Alatskivi_vallavalitsus_et, lk 161
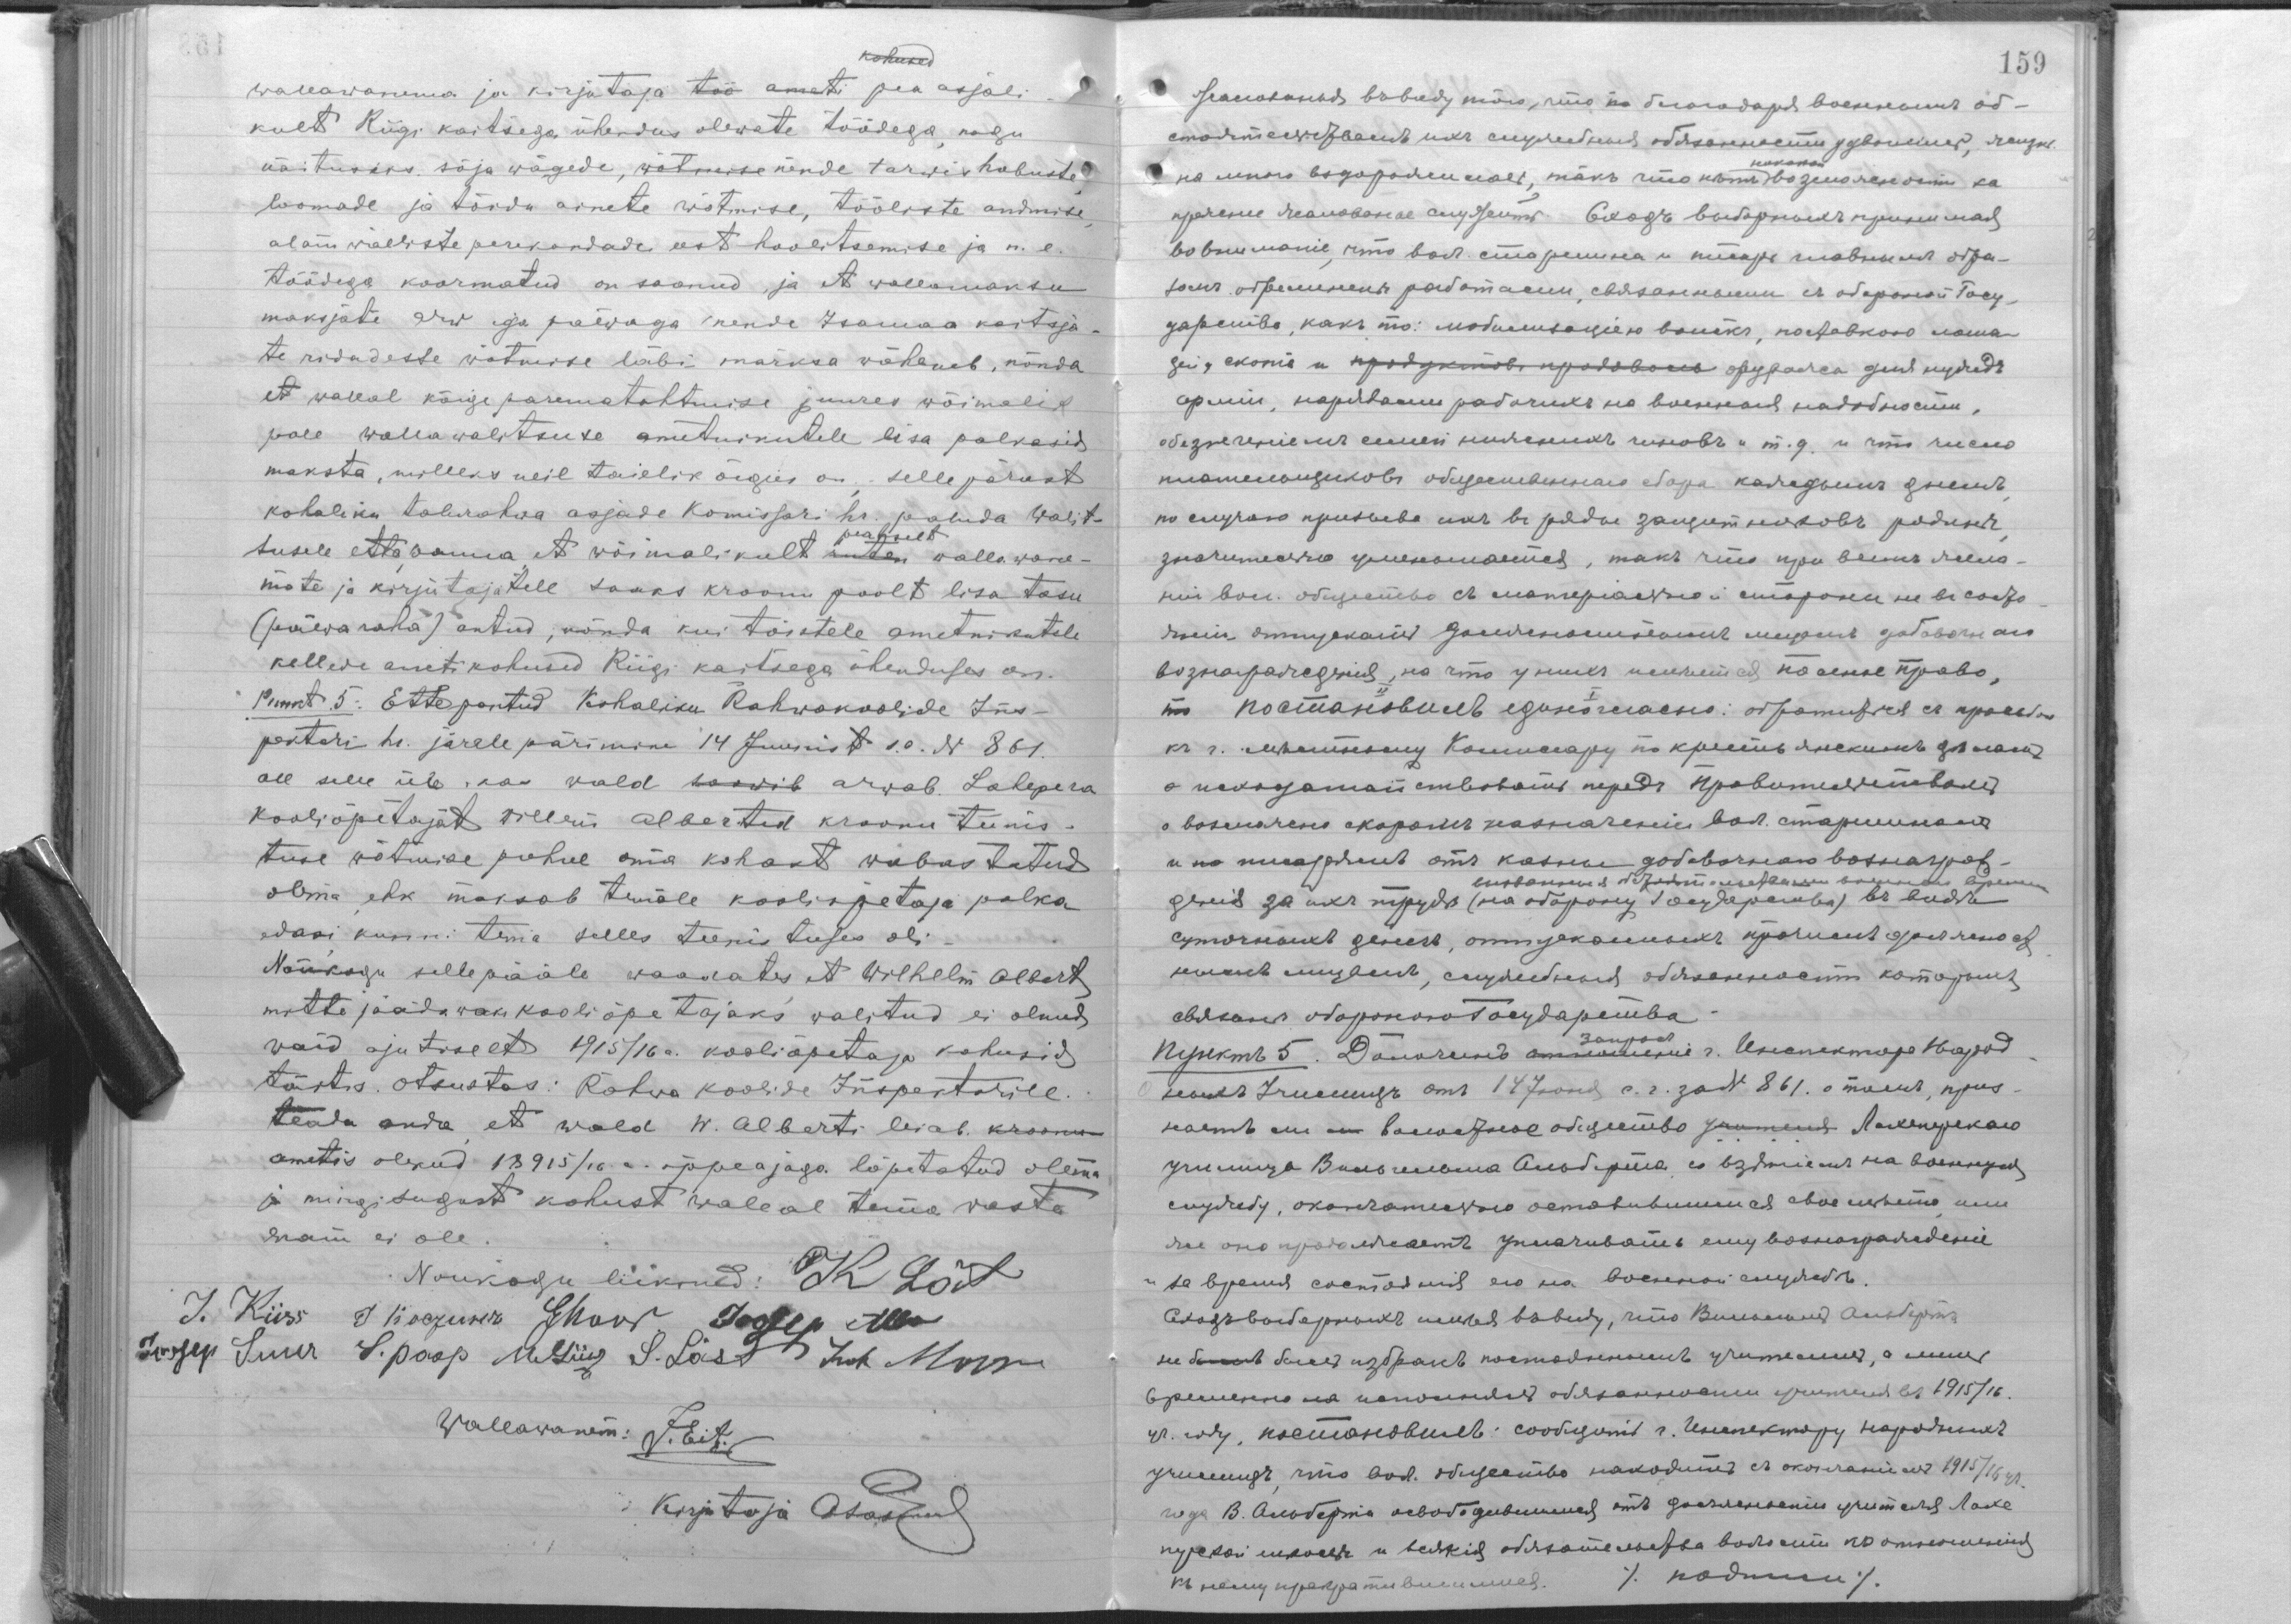
kohused
wallawanema ja kirjutaja töö ameti pea asjali-
kult Riigi kaitsega ühendus olewate töödega, nagu
näituseks sõja wägede, wõtmise nende tarwis hobuste
loomade ja toidu ainete wõtmise, tööliste andmise,
alamwäeliste perekondade eest hoolitsemise ja n.e.
töödega koormatud on saanud, ja  et wallamaksu
maksjate arw iga päewaga nende Isamaa kaitsja-
te ridadesse wõtmise läbi märksa wäheneb, nõnda
et wallal kõige parematahtmise juures wõimalik
pole wallawalituste ametnikudele lisa palkasid
maksta, milleks neil taielik õigus on, selle pärast
kohaliku talurahwa asjade komissari hr. paluda Walit-
walitsuselt
tsusele ette panna, et wõimalikult rutem wallawane-
mate ja kirjutajatele saaks kroonu poolt lisa tasu
(päewaraha) antud, nõnda kui teistele ametnikutele
kellede ametikohused Riigi kaitsega ühenduses on.
Punkt 5. Ettepantud Kohaliku Rahakoolide Ins-
pektori hr. järelepärimine 14 Juunist s.a. N 861
all selle üle kas wald soowib arwab Lahepera
kooliõpetajat Willem Albertid kroonu teenis-
tuse wõtmise puhul oma kohast wabastatud
olem, ehk maksab temale kooliõpetaja palka
edasi kuni tema selles teenistuses oli.
Nõukogu sellepääle waadates, et Wilhelm Albert
mitte jäädawaks kooliõpetajaks walitud ei olnud,
waid ajutiselt 1915/16 a. kooliõpetaja kohusid
täitis. Otsustas: Rahwa Koolide Inspektorile
teada anda, et wald W. Alberti leiab kroonu
ametis olekud 18915/16 a.  õppeajaga lõpetatud olema
mingisugust kohust wallal tema wasta
enam ei ole.
Nõukogu  liikmed K Lõ
I Kiis I...
Joosep Suur...
Wallawanem: J.Ert
Kirjutaja AP...